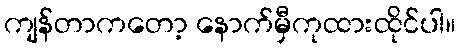
ကျန်တာကတော့ နောက်မှီကုထားထိုင်ပါ။